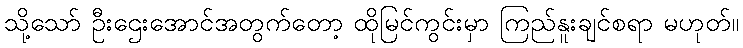
သို့သော် ဦးဌေးအောင်အတွက်တော့ ထိုမြင်ကွင်းမှာ ကြည်နူးချင်စရာ မဟုတ်။